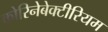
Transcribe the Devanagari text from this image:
कोरिनेबेक्टीरियम